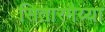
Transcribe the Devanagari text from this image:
सितारमैय्या